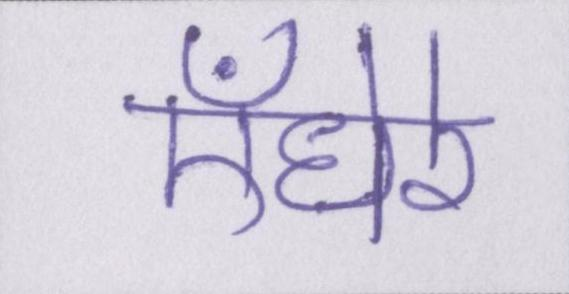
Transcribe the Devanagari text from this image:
ऍंधेरे